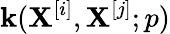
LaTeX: \mathbf{k}(\mathbf{{X}}^{[i]},\mathbf{{X}}^{[j]};p)